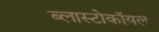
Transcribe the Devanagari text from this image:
ब्लास्टोकॉयल